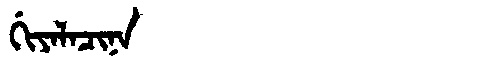
Manchu: ᡤᡳᠶᠠᠯᠠᠴᡳᠨᠠ
Romanization: GIYALACINA